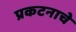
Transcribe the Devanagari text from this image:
प्रकटनाचे